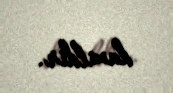
daxildir.